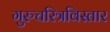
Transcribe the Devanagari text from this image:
गुरुचरित्रविस्तार